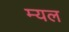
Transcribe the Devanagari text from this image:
म्यल